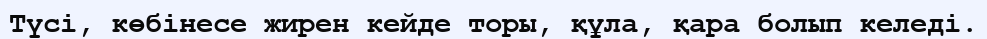
Түсі, көбінесе жирен кейде торы, құла, қара болып келеді.